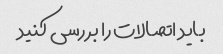
باید اتصالات را بررسی کنید